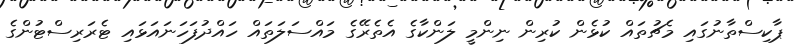
ޕާކިސްތާނުގައި މެޗުތައް ކުޅެން ކުރިން ނިންމީ ލަންކާގެ އެތެރޭގެ މައްސަލަތައް ހައްދުފަހަނައަޅައި ޓެރަރިސްޓުންގެ